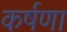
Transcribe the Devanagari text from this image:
कर्षणा